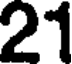
21